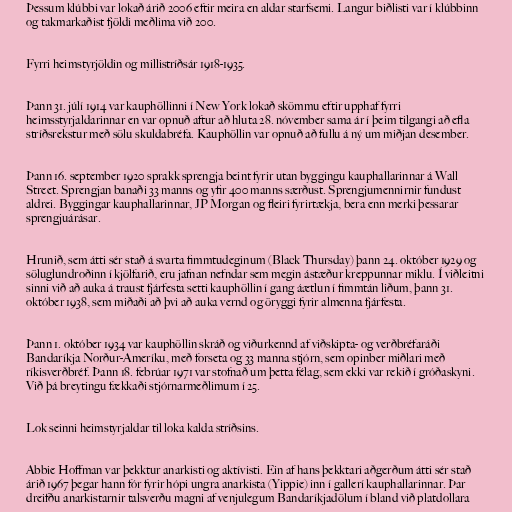
Þessum klúbbi var lokað árið 2006 eftir meira en aldar starfsemi. Langur biðlisti var í klúbbinn
og takmarkaðist fjöldi meðlima við 200.

Fyrri heimstyrjöldin og millistríðsár 1918-1935.

Þann 31. júlí 1914 var kauphöllinni í New York lokað skömmu eftir upphaf fyrri
heimsstyrjaldarinnar en var opnuð aftur að hluta 28. nóvember sama ár í þeim tilgangi að efla
stríðsrekstur með sölu skuldabréfa. Kauphöllin var opnuð að fullu á ný um miðjan desember.

Þann 16. september 1920 sprakk sprengja beint fyrir utan byggingu kauphallarinnar á Wall
Street. Sprengjan banaði 33 manns og yfir 400 manns særðust. Sprengjumennirnir fundust
aldrei. Byggingar kauphallarinnar, JP Morgan og fleiri fyrirtækja, bera enn merki þessarar
sprengjuárásar.

Hrunið, sem átti sér stað á svarta fimmtudeginum (Black Thursday) þann 24. október 1929 og
söluglundroðinn í kjölfarið, eru jafnan nefndar sem megin ástæður kreppunnar miklu. Í viðleitni
sinni við að auka á traust fjárfesta setti kauphöllin í gang áætlun í fimmtán liðum, þann 31.
október 1938, sem miðaði að þvi að auka vernd og öryggi fyrir almenna fjárfesta.

Þann 1. október 1934 var kauphöllin skráð og viðurkennd af viðskipta- og verðbréfaráði
Bandaríkja Norður-Ameríku, með forseta og 33 manna stjórn, sem opinber miðlari með
ríkisverðbréf. Þann 18. febrúar 1971 var stofnað um þetta félag, sem ekki var rekið í gróðaskyni.
Við þá breytingu fækkaði stjórnarmeðlimum í 25.

Lok seinni heimstyrjaldar til loka kalda stríðsins.

Abbie Hoffman var þekktur anarkisti og aktívisti. Ein af hans þekktari aðgerðum átti sér stað
árið 1967 þegar hann fór fyrir hópi ungra anarkista (Yippie) inn í gallerí kauphallarinnar. Þar
dreifðu anarkistarnir talsverðu magni af venjulegum Bandaríkjadölum í bland við platdollara